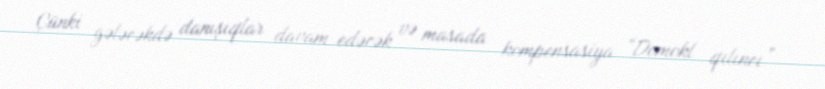
Çünki gələcəkdə danışıqlar davam edəcək və masada kompensasiya “Domokl qılıncı”